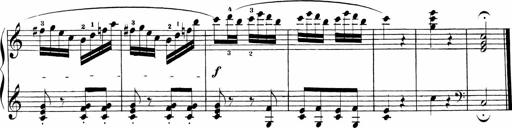
Title: Sonatinen Op.47, 98 und 136, nebst 6 Liedersonatinen
Composer: Carl Reinecke